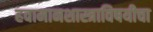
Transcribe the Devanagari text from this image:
हवामानशास्त्राविषयीचा